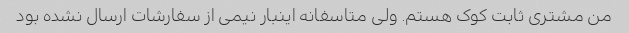
من مشتری ثابت کوک هستم. ولی متاسفانه اینبار نیمی از سفارشات ارسال نشده بود